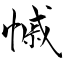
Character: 慽